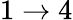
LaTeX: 1\to 4